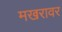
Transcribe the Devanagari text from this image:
मखरावर